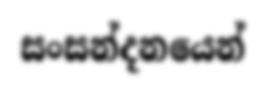
සංසන්දනයෙන්